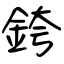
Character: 銙